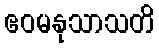
ဧဝမနုသာသတိ